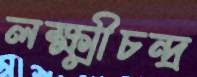
লক্ষ্মীচন্দ্র